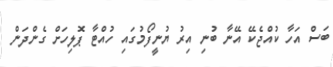
ބަސް އަހާ ކުއްޖެކޭ އޭނާ ބުނި އިރު ޔުނީފޯމުގައި ހުއްޓާ ޕޮލިހަށް ގެންދަން